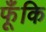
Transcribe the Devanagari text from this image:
फूँकि